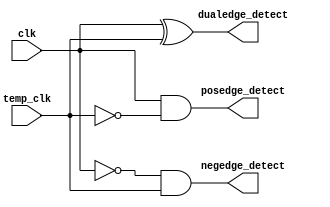
`timescale 1ns / 1ps

module clk_edge_detector(
    input clk, temp_clk,
    output posedge_detect, negedge_detect, dualedge_detect
    );
    
    assign posedge_detect= clk & (~temp_clk);
    assign negedge_detect= (~clk) & temp_clk;
    assign dualedge_detect= clk ^ temp_clk;
endmodule